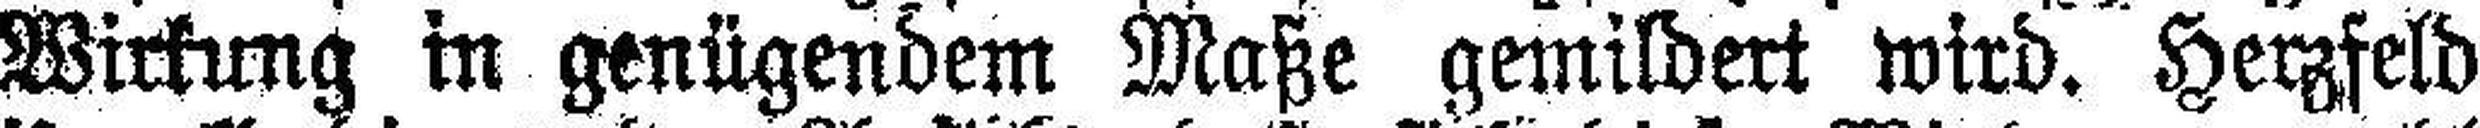
Wirkung in genügendem Maße gemildert wird. Herzfeld